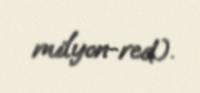
milyon-red.).